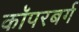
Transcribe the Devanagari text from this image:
कॉपरबर्ग